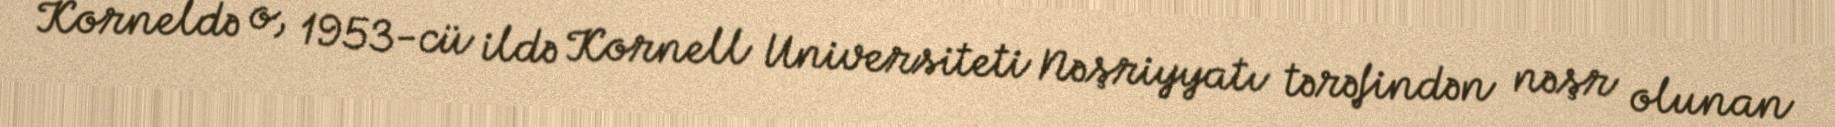
Korneldə o, 1953-cü ildə Kornell Universiteti Nəşriyyatı tərəfindən nəşr olunan